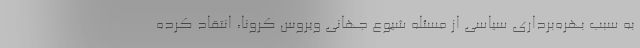
به سبب بهره‌برداری سیاسی از مسئله شیوع جهانی ویروس کرونا، انتقاد کرده